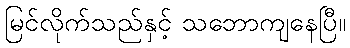
မြင်လိုက်သည်နှင့် သဘောကျနေပြီ။